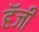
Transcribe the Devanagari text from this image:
हॅजी